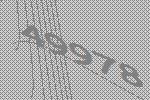
49978